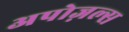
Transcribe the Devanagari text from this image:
अपोज़ल्स